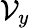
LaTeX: \mathcal{V}_{y}